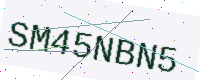
Text: SM45NBN5